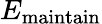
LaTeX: E_{\mathrm{maintain}}